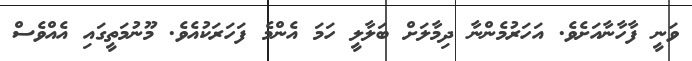
ވަނީ ފާހާނާއަށެެވެ. އަހަރުމެންނާ ދިމާލަށް ބަލާލީ ހަމަ އެންމެ ފަހަރަކުއެވެ. މޫނުމަތީގައި އެއްވެސް